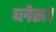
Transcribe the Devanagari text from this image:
प्‍लेस।